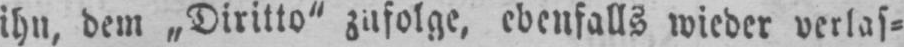
ihn, dem „Diritto“ zufolge, ebenfalls wieder verlas⸗